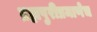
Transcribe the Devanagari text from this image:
ब्रह्मपुरीप्रमाणेच